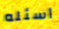
أسئله